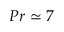
P r \simeq 7